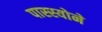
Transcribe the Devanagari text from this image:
पास्स्योने